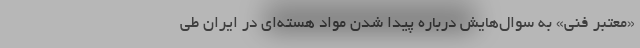
«معتبر فنی» به سوال‌هایش درباره پیدا شدن مواد هسته‌ای در ایران طی